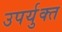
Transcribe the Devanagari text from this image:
उपर्युक्त